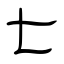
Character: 七